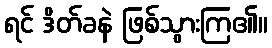
ရင် ဒိတ်ခနဲ ဖြစ်သွားကြ၏။